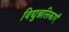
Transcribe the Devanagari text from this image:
विद्युन्नलिकाएँ